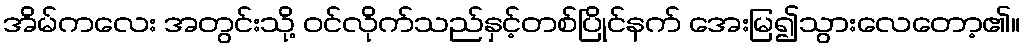
အိမ်ကလေး အတွင်းသို့ ဝင်လိုက်သည်နှင့်တစ်ပြိုင်နက် အေးမြ၍သွားလေတော့၏။